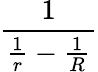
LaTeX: \frac{1}{{\frac{1}{r}}-{\frac{1}{R}}}